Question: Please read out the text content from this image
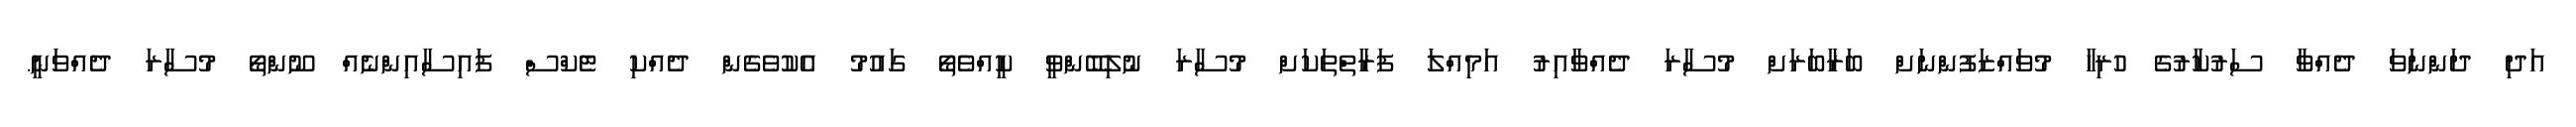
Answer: އަދި ދަންނަވަ ދެއްވާ ސަރުކާރުގެ ހުރިހާ މުވައްޒަފުންނަށް ބަރާބަރަށް މުސާރަ ދެއްވާއިރު އަމިއްލަ ފަރާތްތަކަށް މުސާރަ ނުލިބޭންވީ ކީއްވެތޯ ގައުމު އެކުވެގެން ދެއްކި ޓެކްސް ފައިސާއިންނެއް ނޫންތޯ މުސާރަ ދެއްވަނީ.